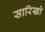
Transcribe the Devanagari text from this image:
सारिखो